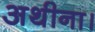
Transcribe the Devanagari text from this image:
अथीना।